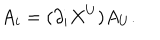
LaTeX: A _ { i } = ( \partial _ { i } X ^ { U } ) A _ { U } .